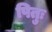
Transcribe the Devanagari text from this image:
पितुः